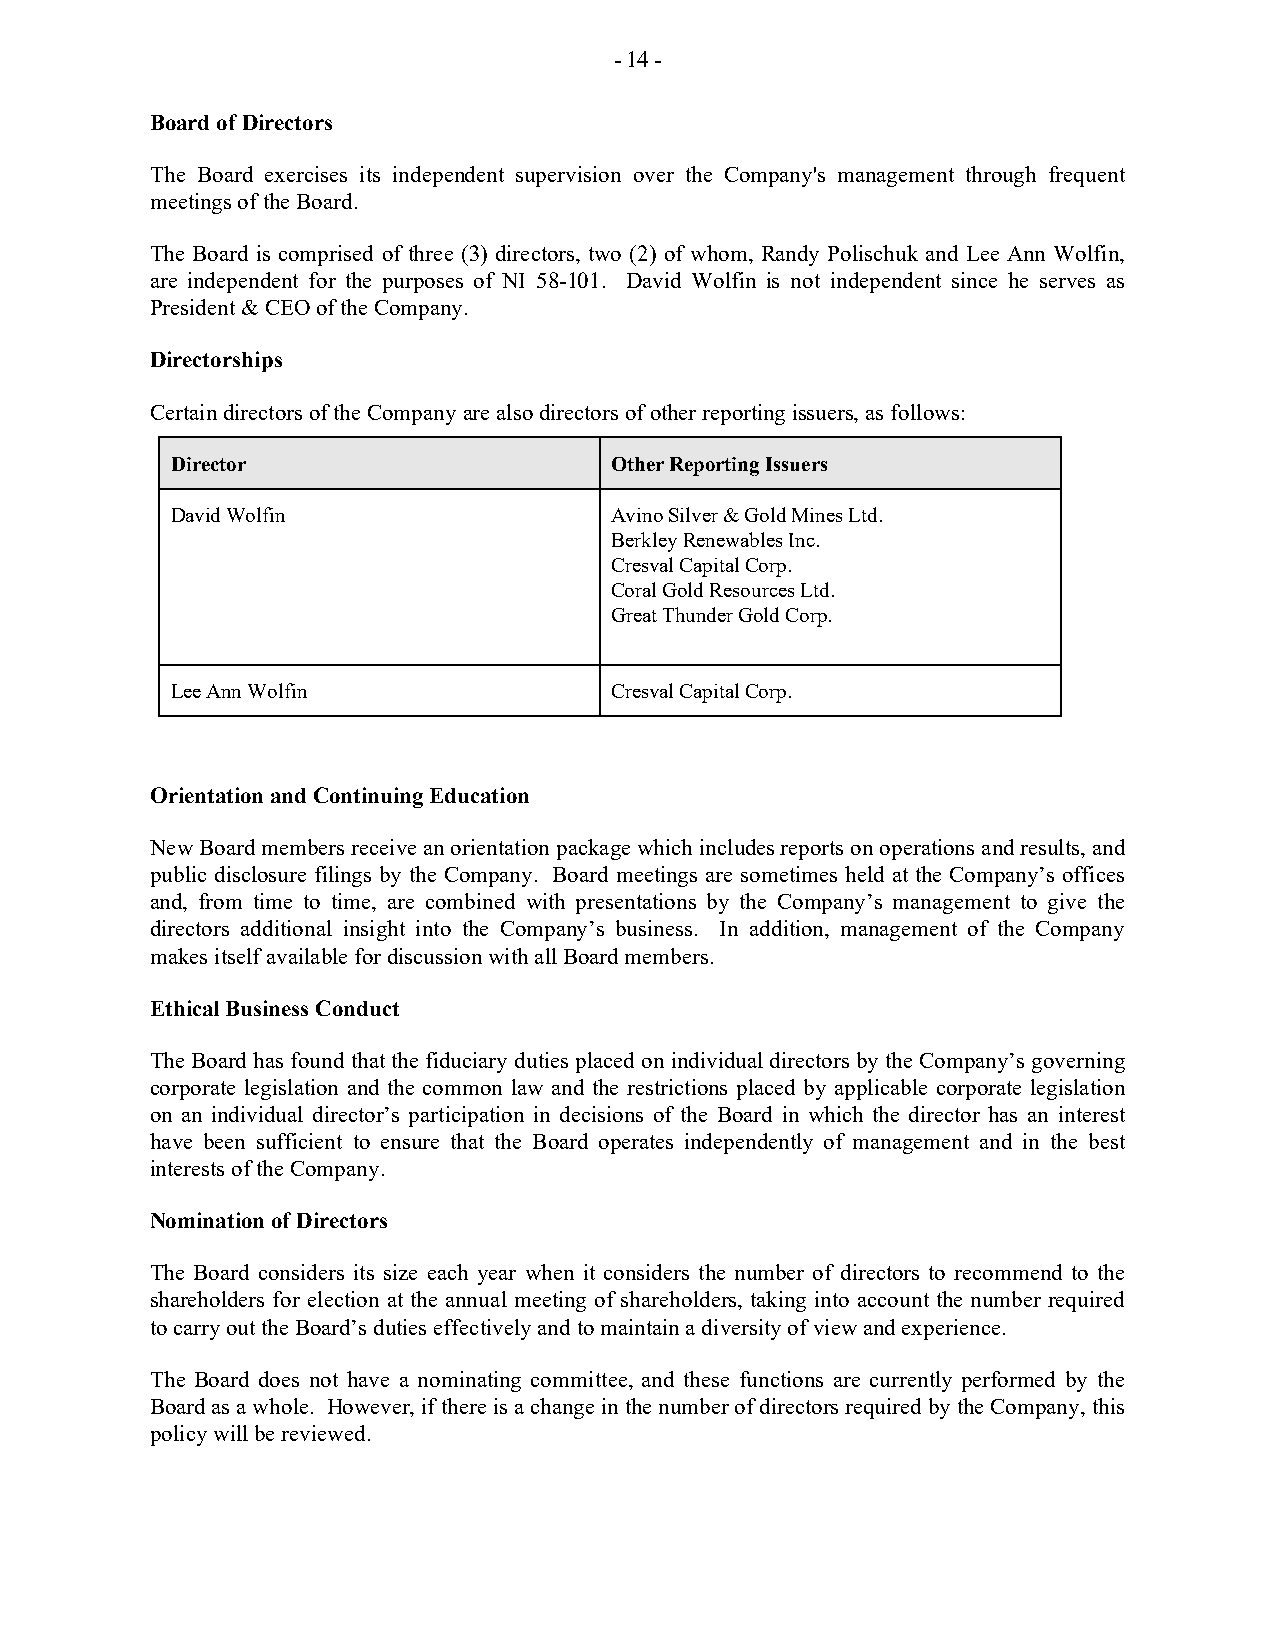
- 14 -
 Board of Directors
 The Board exercises its independent supervision over the Company's management through frequent
 meetings of the Board.
 The Board is comprised of three (3) directors, two (2) of whom, Randy Polischuk and Lee Ann Wolfin,
 are independent for the purposes of NI 58-101. David Wolfin is not independent since he serves as
 President & CEO of the Company.
 Directorships
 Certain directors of the Company are also directors of other reporting issuers, as follows:
 Director                     Other Reporting Issuers
 David Wolfin                 Avino Silver & Gold Mines Ltd.
 Berkley Renewables Inc.
 Cresval Capital Corp.
 Coral Gold Resources Ltd.
 Great Thunder Gold Corp.
 Lee Ann Wolfin               Cresval Capital Corp.
 Orientation and Continuing Education
 New Board members receive an orientation package which includes reports on operations and results, and
 public disclosure filings by the Company. Board meetings are sometimes held at the Company’s offices
 and, from time to time, are combined with presentations by the Company’s management to give the
 directors additional insight into the Company’s business. In addition, management of the Company
 makes itself available for discussion with all Board members.
 Ethical Business Conduct
 The Board has found that the fiduciary duties placed on individual directors by the Company’s governing
 corporate legislation and the common law and the restrictions placed by applicable corporate legislation
 on an individual director’s participation in decisions of the Board in which the director has an interest
 have been sufficient to ensure that the Board operates independently of management and in the best
 interests of the Company.
 Nomination of Directors
 The Board considers its size each year when it considers the number of directors to recommend to the
 shareholders for election at the annual meeting of shareholders, taking into account the number required
 to carry out the Board’s duties effectively and to maintain a diversity of view and experience.
 The Board does not have a nominating committee, and these functions are currently performed by the
 Board as a whole. However, if there is a change in the number of directors required by the Company, this
 policy will be reviewed.